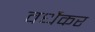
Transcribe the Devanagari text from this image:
वर्धेकर